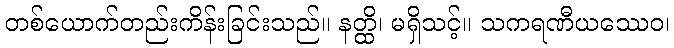
တစ်ယောက်တည်းကိန်းခြင်းသည်။ နတ္ထိ၊ မရှိသင့်။ သကရဏီယဿေဝ၊